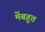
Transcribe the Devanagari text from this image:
मेंबहुत